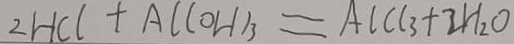
2 H C l + A C ( O H ) _ { 3 } = A l C l _ { 3 } + 2 H _ { 2 } O